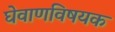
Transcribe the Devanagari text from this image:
घेवाणविषयक